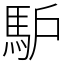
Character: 馿